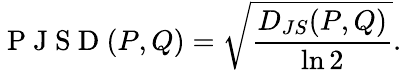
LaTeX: \mathrm{~P~J~S~D~}(P,Q)=\sqrt{\frac{D_{JS}(P,Q)}{\ln 2}}.